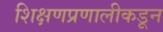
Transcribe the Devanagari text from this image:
शिक्षणप्रणालीकडून